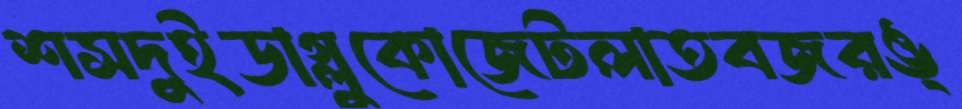
শসদুইডাগ্লুকোজেটলাতবজরঙ্